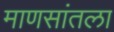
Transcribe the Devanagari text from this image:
माणसांतला